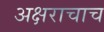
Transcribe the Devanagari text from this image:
अक्षराचाच